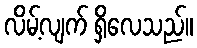
လိမ့်လျက် ရှိလေသည်။